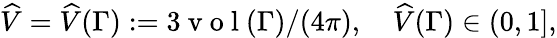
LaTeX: \widehat V=\widehat V(\Gamma):=3\mathrm{~v~o~l~}(\Gamma)/(4\pi),\quad\widehat V(\Gamma)\in(0,1],